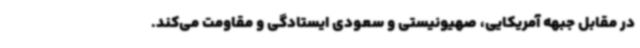
در مقابل جبهه آمریکایی، صهیونیستی و سعودی ایستادگی و مقاومت می‌کند.